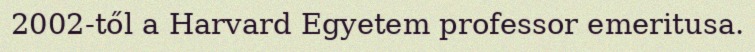
2002-től a Harvard Egyetem professor emeritusa.